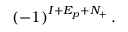
( - 1 ) ^ { I + E _ { p } + N _ { + } } \, .